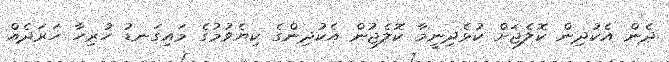
ދެން އެކުދިން ކޮލެޖަށް ކުޅެދިނީމާ ކޮލެޖުން އެކުދިންގެ ކިޔެވުމުގެ މައިގަނޑު ހުރިހާ ހަރަދެއް